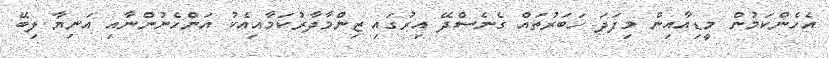
އެހެންކަމުން މީޑިއާއިން މިފަދަ ހަބަރުތައް ގެނެސްދޭ އިރުގައި ޒިންމާދާރުކަމާއިއެކު އަންހެނުންނާއި އަނިޔާ ލިބޭ